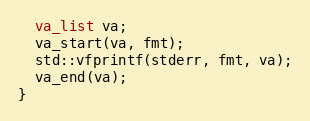
Language: C++
  va_list va;
  va_start(va, fmt);
  std::vfprintf(stderr, fmt, va);
  va_end(va);
}